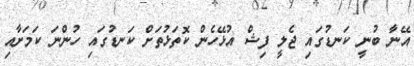
އޭނާ ބުނީ ކަނޑުގައި ޖެލީ ފިޝް އުޅޭހެން ކޮތަޅުތަށް ކަނޑުގައި ހުންނަ ކަމަށާއި